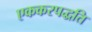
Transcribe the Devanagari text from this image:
एककरपद्धति